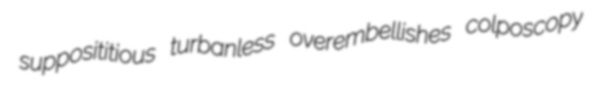
supposititious turbanless overembellishes colposcopy